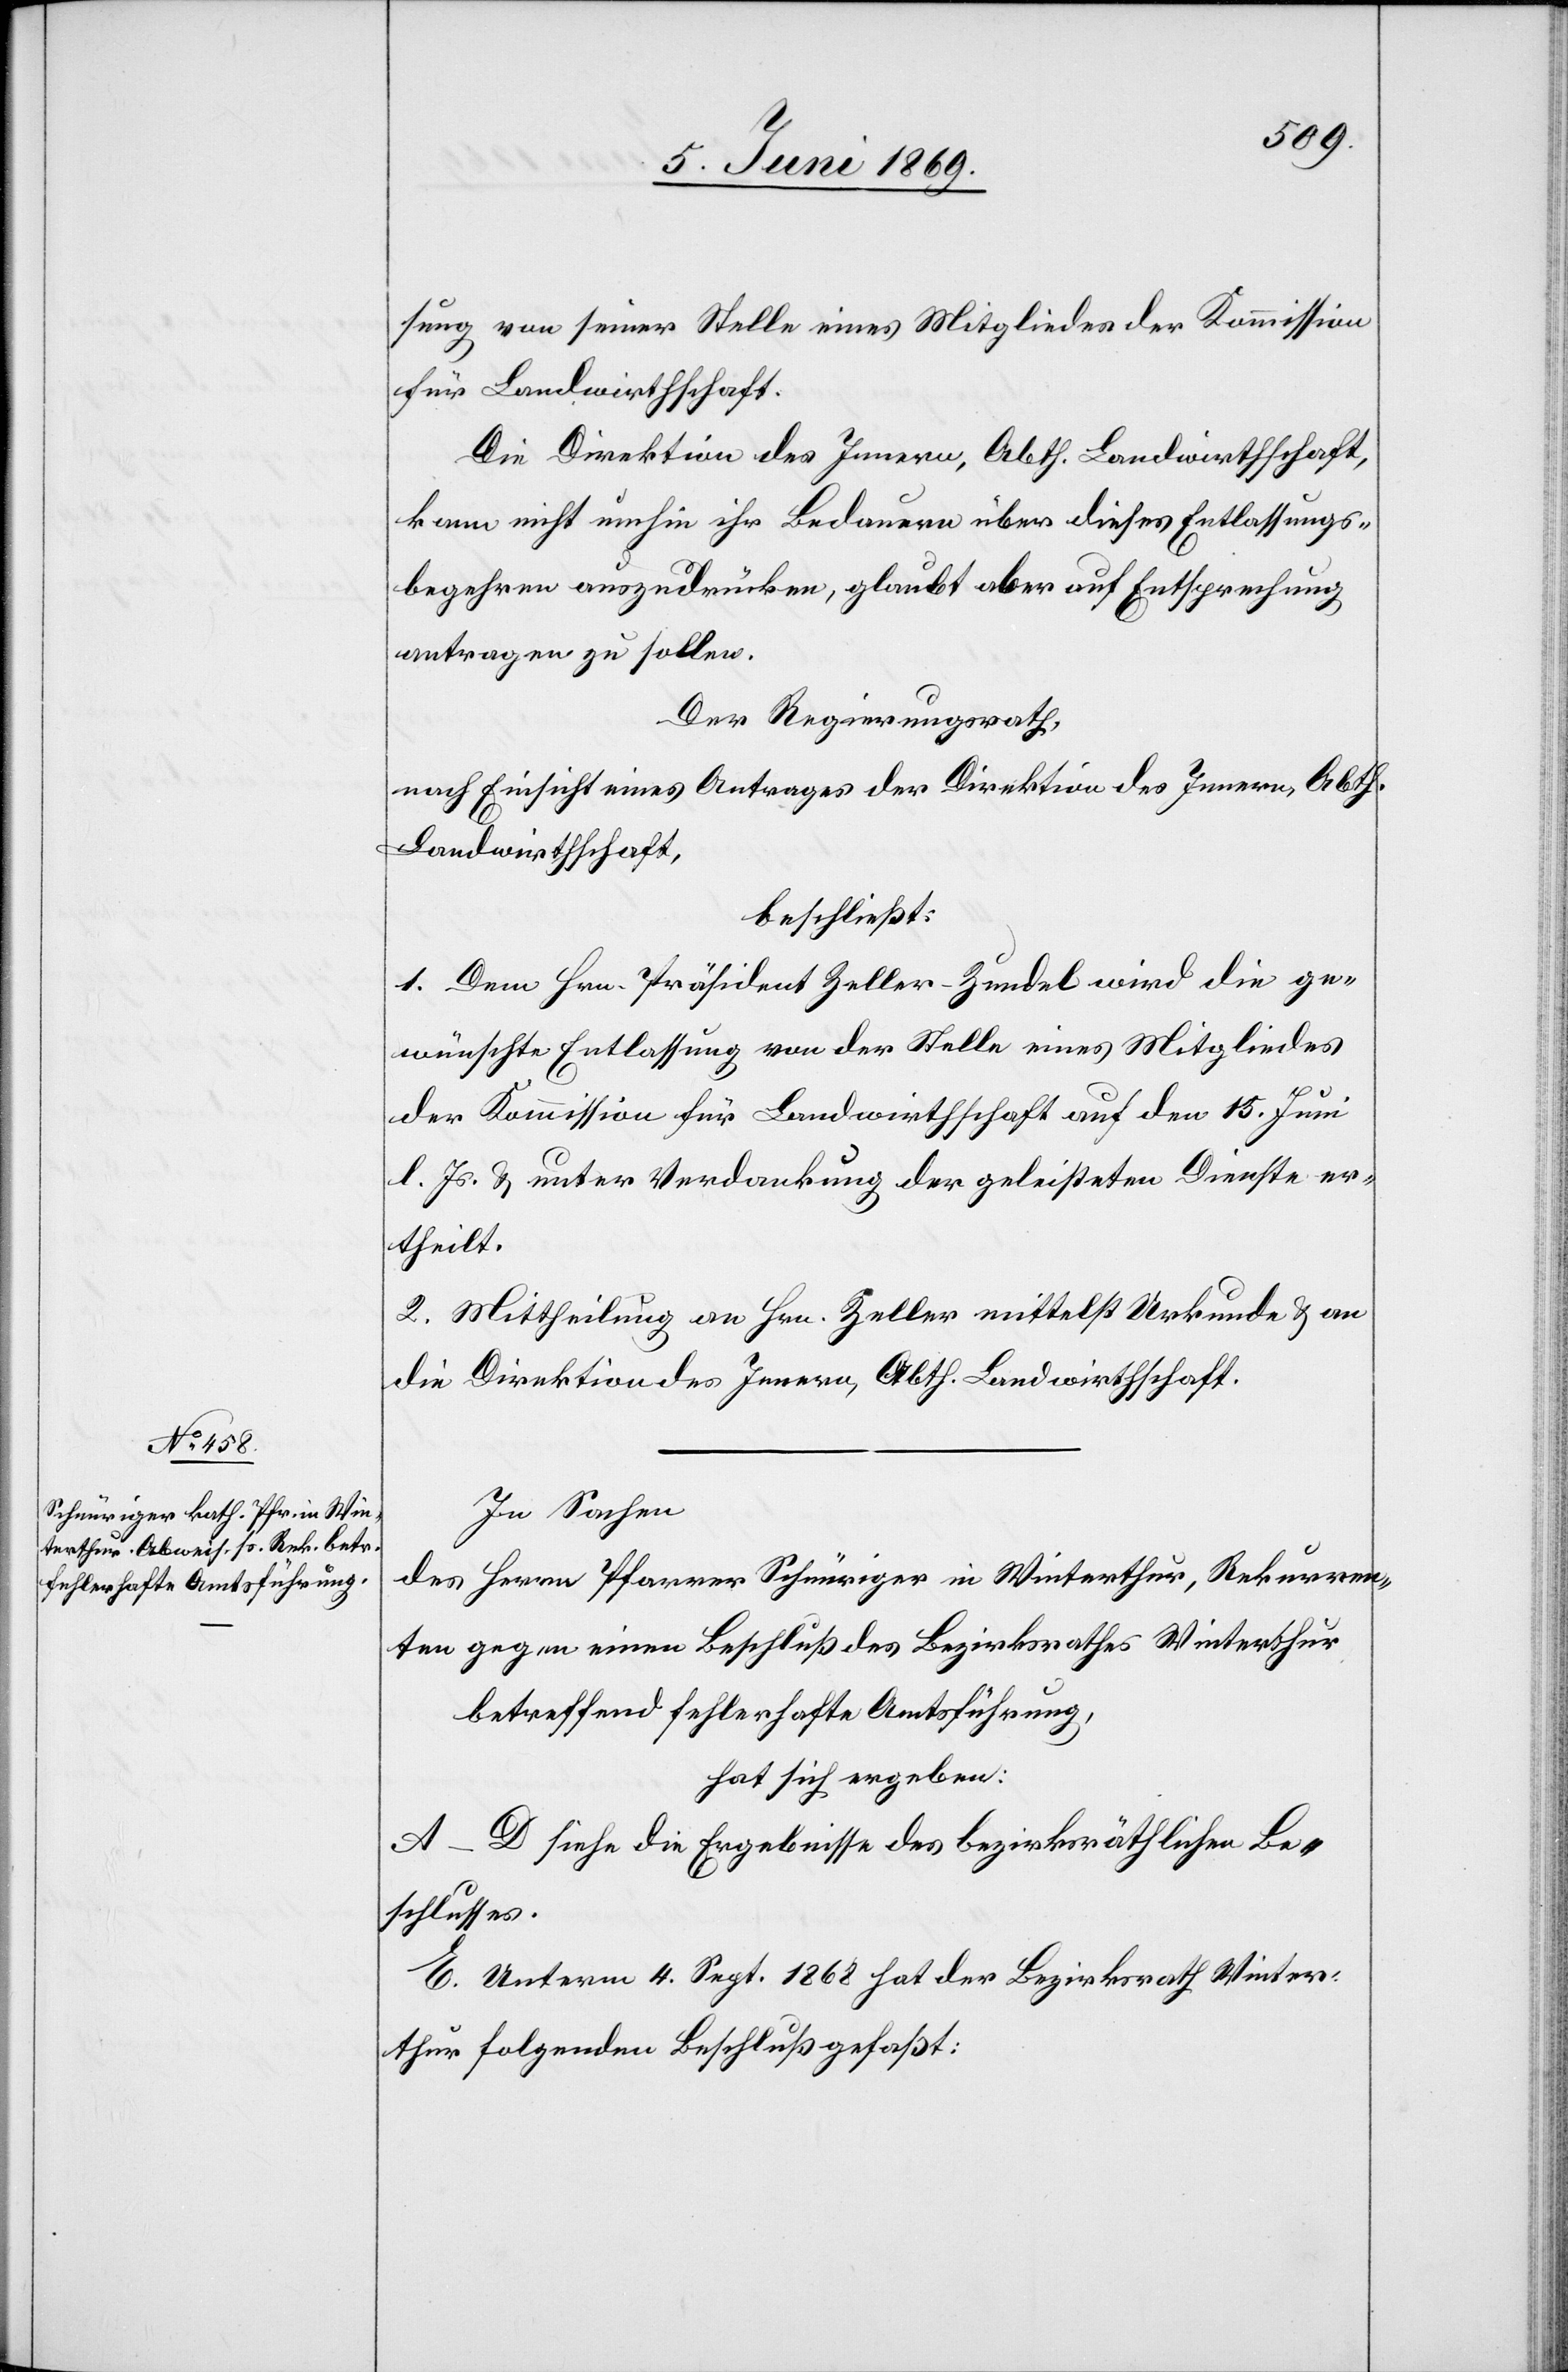
sung von seiner Stelle eines Mitgliedes der Kommission
für Landwirthschaft.
Die Direktion des Innern, Abth. Landwirthschaft,
kam nicht umhin ihr Bedauern über dieses Entlassungs¬
begehren auszudrücken, glaubt aber auf Entsprechung
antragen zu sollen.
Der Regierungsrath,
nach Einsicht eines Antrages der Direktion des Innern , Abth.
Landwirthschaft,
beschließt:
1. Dem Hrn. Präsident Zeller-Zundel wird die ge¬
wünschte Entlassung von der Stelle eines Mitgliedes
der Kommission für Landwirthschaft auf den 15 Juni
l. Js. unter Verdankung der geleisteten Dienste er¬
theilt.
2. Mittheilung an Hrn. Zeller mittelst Urkunde u. an
die Direktion des Innern, Abth. Landwirthschaft.
In Sachen
des Herrn Pfarrer Schnüriger in Winterthur, Rekurren¬
ten gegen einen Beschluß des Bezirksrathes Winterthur
betreffend fehlerhafte Amtsführung,
hat sich ergeben:
A–D siehe die Ergebnisse des bezirksräthlichen Be¬
schlusses.
E. Unterm 4 Sept. 1868 hat der Bezirksrath Winter¬
thur folgenden Beschluß gefaßt: